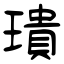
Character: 璝